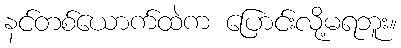
နင်တစ်ယောက်ထဲက ပြောင်းလို့မရဘူး။